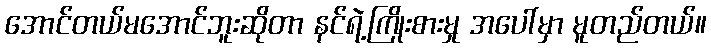
အောင်တယ်မအောင်ဘူးဆိုတာ နင်ရဲ့ကြိုးစားမှု အပေါ်မှာ မူတည်တယ်။